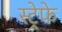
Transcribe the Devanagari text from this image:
स्ट्रेफे